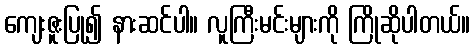
ကျေးဇူးပြု၍ နားဆင်ပါ။ လူကြီးမင်းများကို ကြိုဆိုပါတယ်။